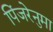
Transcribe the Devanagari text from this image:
पिंजरेनुमा